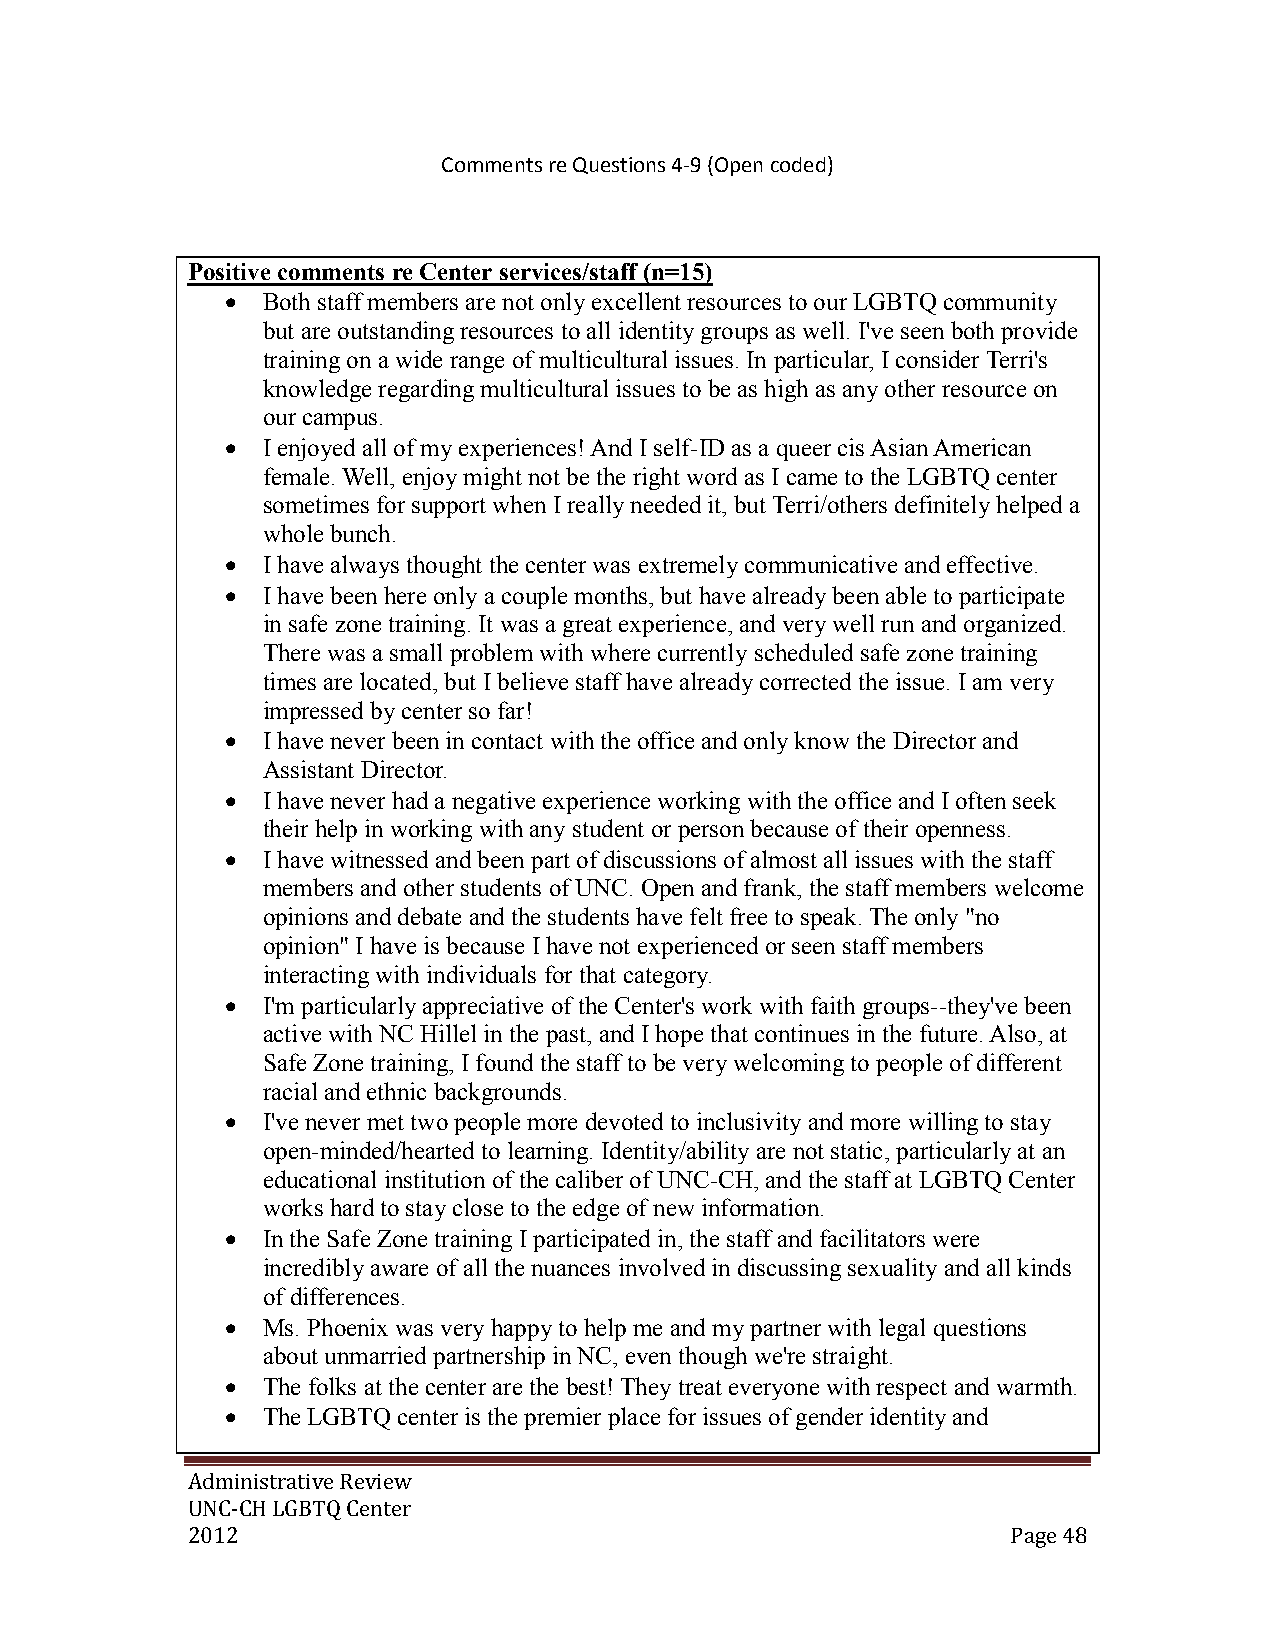
Comments re Questions 4-9 (Open coded)
 Positive comments re Center services/staff (n=15)
  Both staff members are not only excellent resources to our LGBTQ community
 but are outstanding resources to all identity groups as well. I've seen both provide
 training on a wide range of multicultural issues. In particular, I consider Terri's
 knowledge regarding multicultural issues to be as high as any other resource on
 our campus.
  I enjoyed all of my experiences! And I self-ID as a queer cis Asian American
 female. Well, enjoy might not be the right word as I came to the LGBTQ center
 sometimes for support when I really needed it, but Terri/others definitely helped a
 whole bunch.
  I have always thought the center was extremely communicative and effective.
  I have been here only a couple months, but have already been able to participate
 in safe zone training. It was a great experience, and very well run and organized.
 There was a small problem with where currently scheduled safe zone training
 times are located, but I believe staff have already corrected the issue. I am very
 impressed by center so far!
  I have never been in contact with the office and only know the Director and
 Assistant Director.
  I have never had a negative experience working with the office and I often seek
 their help in working with any student or person because of their openness.
  I have witnessed and been part of discussions of almost all issues with the staff
 members and other students of UNC. Open and frank, the staff members welcome
 opinions and debate and the students have felt free to speak. The only "no
 opinion" I have is because I have not experienced or seen staff members
 interacting with individuals for that category.
  I'm particularly appreciative of the Center's work with faith groups--they've been
 active with NC Hillel in the past, and I hope that continues in the future. Also, at
 Safe Zone training, I found the staff to be very welcoming to people of different
 racial and ethnic backgrounds.
  I've never met two people more devoted to inclusivity and more willing to stay
 open-minded/hearted to learning. Identity/ability are not static, particularly at an
 educational institution of the caliber of UNC-CH, and the staff at LGBTQ Center
 works hard to stay close to the edge of new information.
  In the Safe Zone training I participated in, the staff and facilitators were
 incredibly aware of all the nuances involved in discussing sexuality and all kinds
 of differences.
  Ms. Phoenix was very happy to help me and my partner with legal questions
 about unmarried partnership in NC, even though we're straight.
  The folks at the center are the best! They treat everyone with respect and warmth.
  The LGBTQ center is the premier place for issues of gender identity and
 Administrative Review
 UNC-CH LGBTQ Center
 2012                                                   Page 48